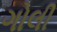
ગોલી